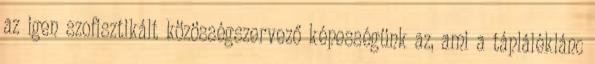
az igen szofisztikált közösségszervező képességünk az, ami a tápláléklánc